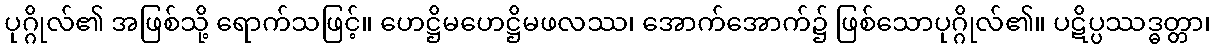
ပုဂ္ဂိုလ်၏ အဖြစ်သို့ ရောက်သဖြင့်။ ဟေဋ္ဌိမဟေဋ္ဌိမဖလဿ၊ အောက်အောက်၌ ဖြစ်သောပုဂ္ဂိုလ်၏။ ပဋိပ္ပဿဒ္ဓတ္တာ၊